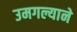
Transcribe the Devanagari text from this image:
उमगल्याने